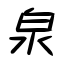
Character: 泉